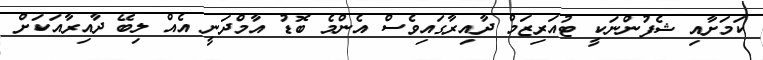
ކަމަށާއި ޝެފުންނަކީ ޓުއަރިޒަމް ދާއިރާގައިވެސް އެންމެ ބޮޑު އާމްދަނީ އެއް ލިބޭ ދާއިރާއަކަށް